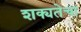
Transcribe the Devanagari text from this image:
शक्यतेचा